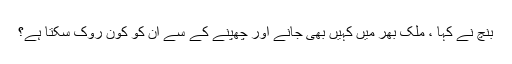
بنچ نے کہا ، ملک بھر میں کہیں بھی جانے اور چھپنے کے سے ان کو کون روک سکتا ہے؟